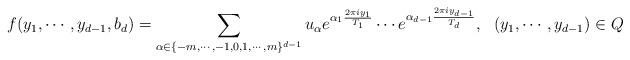
LaTeX: \begin{align*}f(y_1,\cdots,y_{d-1},b_d)=\sum_{\alpha\in\{-m,\cdots,-1,0,1,\cdots,m\}^{d-1}}u_{\alpha}e^{\alpha_1\frac{2\pi iy_1}{T_1}}\cdots e^{\alpha_{d-1}\frac{2\pi iy_{d-1}}{T_d}} ,\ \ (y_1,\cdots,y_{d-1})\in Q\end{align*}